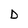
Character: d